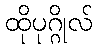
ထိုပုဂ္ဂိုလ်